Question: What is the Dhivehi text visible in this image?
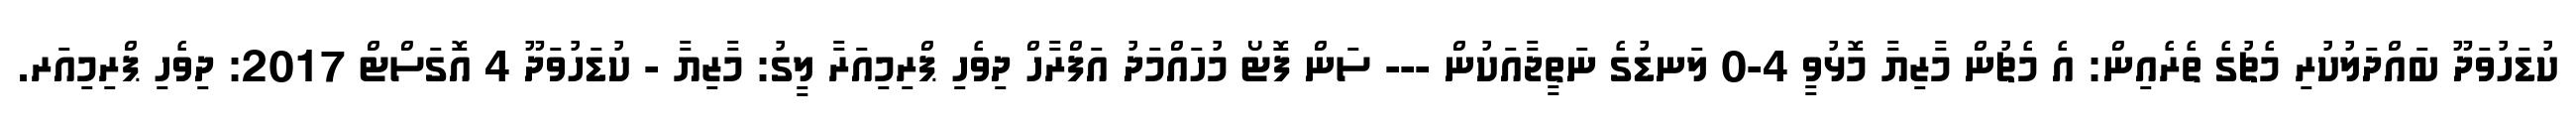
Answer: ކުޑަހުވަދޫ ބައްދަލުކުރި މެޗުގެ ތެރެއިން: އެ މެޗުން މާޒިޔާ މޮޅުވީ 4-0 ލަނޑުގެ ނަތީޖާއަކުން --- ސަން ފޮޓޯ މުހައްމަދު އަފްރާހް ދިވެހި ޕްރިމިއަރާ ލީގު: މާޒިޔާ - ކުޑަހުވަދޫ 4 އޮގަސްޓް 2017: ދިވެހި ޕްރިމިއަރ.